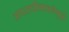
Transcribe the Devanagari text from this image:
अपराधीभावनेमुळे